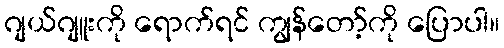
ဂျယ်ဂျူးကို ရောက်ရင် ကျွန်တော့်ကို ပြောပါ။